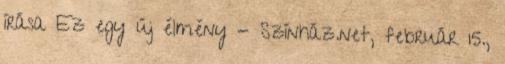
írása Ez egy új élmény - Színház.net, február 15.,